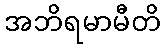
အဘိရမာမီတိ